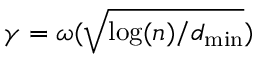
\gamma = \omega ( \sqrt { \log ( n ) / d _ { \operatorname* { m i n } } } )